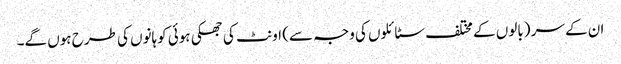
ان کے سر (بالوں کے مختلف سٹائلوں کی وجہ سے) اونٹ کی جھکی ہوئی کوہانوں کی طرح ہوں گے۔